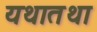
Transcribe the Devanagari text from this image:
यथातथा